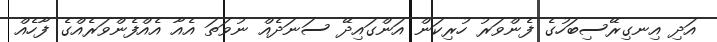
އަދި އިނގިރޭސިބަހުގެ ފެންވަރު ހުރިކަން އަންގައިދޭ ސަނަދެއް ނުވަތަ އެއާ އެއްފެންވަރެއްގެ ފާހެއް